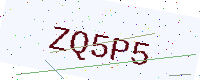
Text: ZQ5P5